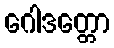
ဂေါဒတ္တော